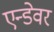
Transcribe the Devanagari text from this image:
एन्डेवर